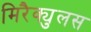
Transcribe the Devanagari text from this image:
मिरैक्युलस